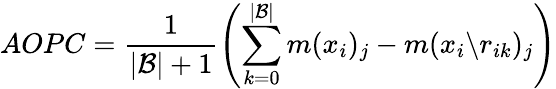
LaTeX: AOPC=\frac{1}{|\mathcal{B}|+1}\left(\sum_{k=0}^{|\mathcal{B}|}m({x}_{i})_{j}-m({x}_{i}\backslash{r}_{ik})_{j}\right)